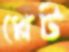
প্লেট